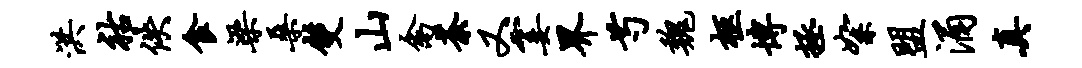
洪祜佚食梁桑双山禽荼又霎界芍魏柩博拯絮盟涌真